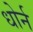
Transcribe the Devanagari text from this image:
धोर्न